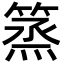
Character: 篜